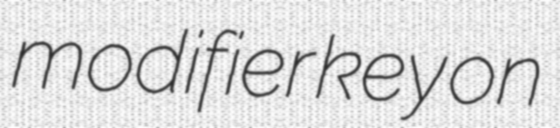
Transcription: modifier key on